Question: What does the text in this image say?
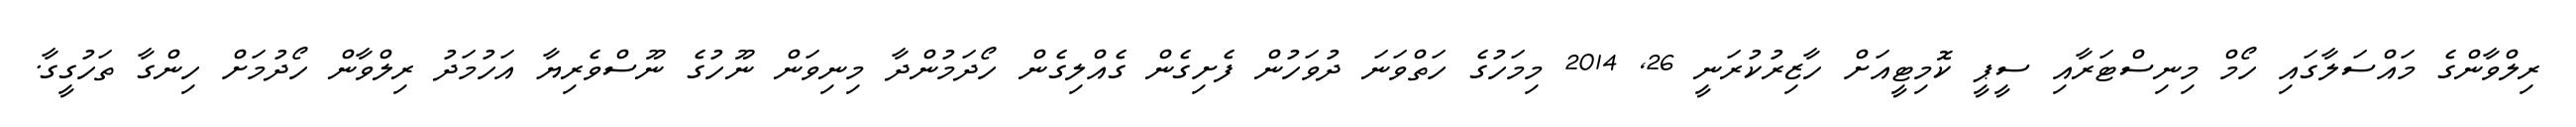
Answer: ރިލްވާންގެ މައްސަލާގައި ހޯމް މިނިސްޓަރާއި ސީޕީ ކޮމިޓީއަށް ހާޒިރުކުރަނީ 26, 2014 މިމަހުގެ ހަތްވަނަ ދުވަހުން ފެށިގެން ގެއްލިގެން ހޯދަމުންދާ މިނިވަން ނޫހުގެ ނޫސްވެރިޔާ އަހުމަދު ރިލްވާން ހޯދުމަށް ހިންގާ ތަހުގީގާ.